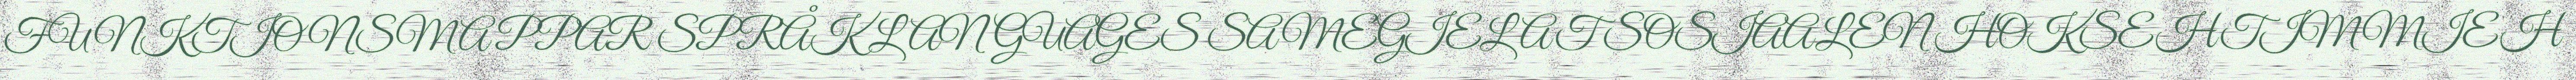
FUNKTIONSMAPPAR SPRÅK LANGUAGES SAMEGIELAT SOSIAALEN HOKSEHTIMMIEH